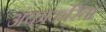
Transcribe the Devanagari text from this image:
अंकाकरिता